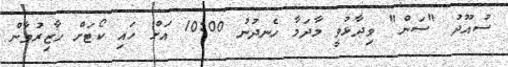
ސުއޫދު "ސަން" ވިދާޅުވީ މާދަމާ ހެނދުނު 10:00 އަށް ހައި ކޯޓަށް ހާޒިރުވާން